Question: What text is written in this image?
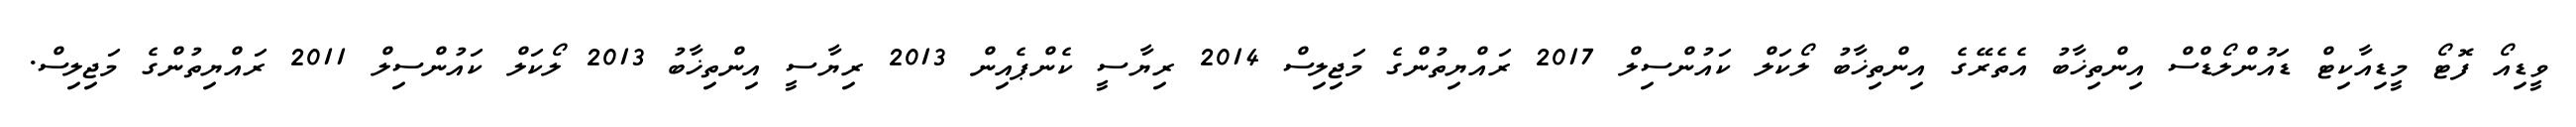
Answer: ވީޑިއޯ ފޮޓޯ މީޑިއާކިޓް ޑައުންލޯޑްސް އިންތިޚާބު އެތެރޭގެ އިންތިޚާބު ލޯކަލް ކައުންސިލް 2017 ރައްޔިތުންގެ މަޖިލިސް 2014 ރިޔާސީ ކެންޕެއިން 2013 ރިޔާސީ އިންތިޚާބު 2013 ލޯކަލް ކައުންސިލް 2011 ރައްޔިތުންގެ މަޖިލިސް.